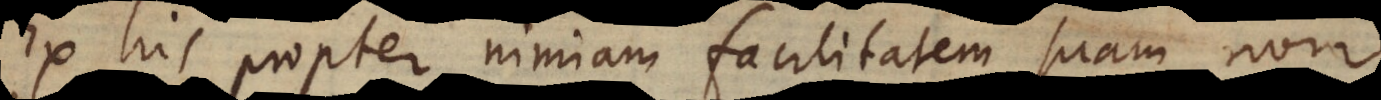
Ex his propter nimiam facilitatem suam non